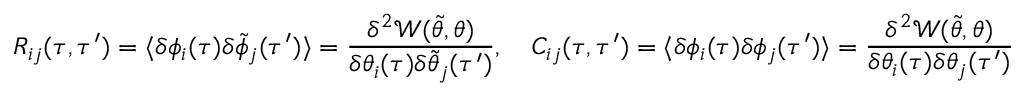
R _ { i j } ( \tau , \tau ^ { \prime } ) = \langle \delta \phi _ { i } ( \tau ) \delta \tilde { \phi } _ { j } ( \tau ^ { \prime } ) \rangle = \frac { \delta ^ { 2 } \mathcal { W } ( \tilde { \theta } , \theta ) } { \delta \theta _ { i } ( \tau ) \delta \tilde { \theta } _ { j } ( \tau ^ { \prime } ) } , \quad C _ { i j } ( \tau , \tau ^ { \prime } ) = \langle \delta \phi _ { i } ( \tau ) \delta \phi _ { j } ( \tau ^ { \prime } ) \rangle = \frac { \delta ^ { 2 } \mathcal { W } ( \tilde { \theta } , \theta ) } { \delta \theta _ { i } ( \tau ) \delta \theta _ { j } ( \tau ^ { \prime } ) }